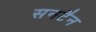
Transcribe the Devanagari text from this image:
सनटैन